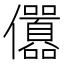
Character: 𠑪